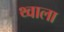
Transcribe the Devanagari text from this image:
थ्वाला